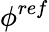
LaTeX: \phi^{ref}